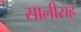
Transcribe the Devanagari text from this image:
सालीसह